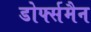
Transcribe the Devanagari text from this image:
डोर्फ्समैन